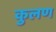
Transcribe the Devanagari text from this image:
कुलण